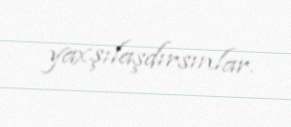
yaxşılaşdırsınlar.